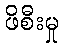
ဖိစီးမှု